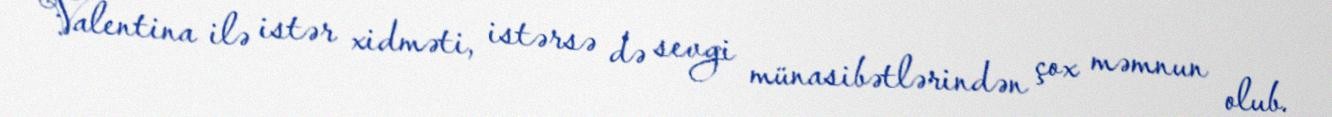
Valentina ilə istər xidməti, istərsə də sevgi münasibətlərindən çox məmnun olub.